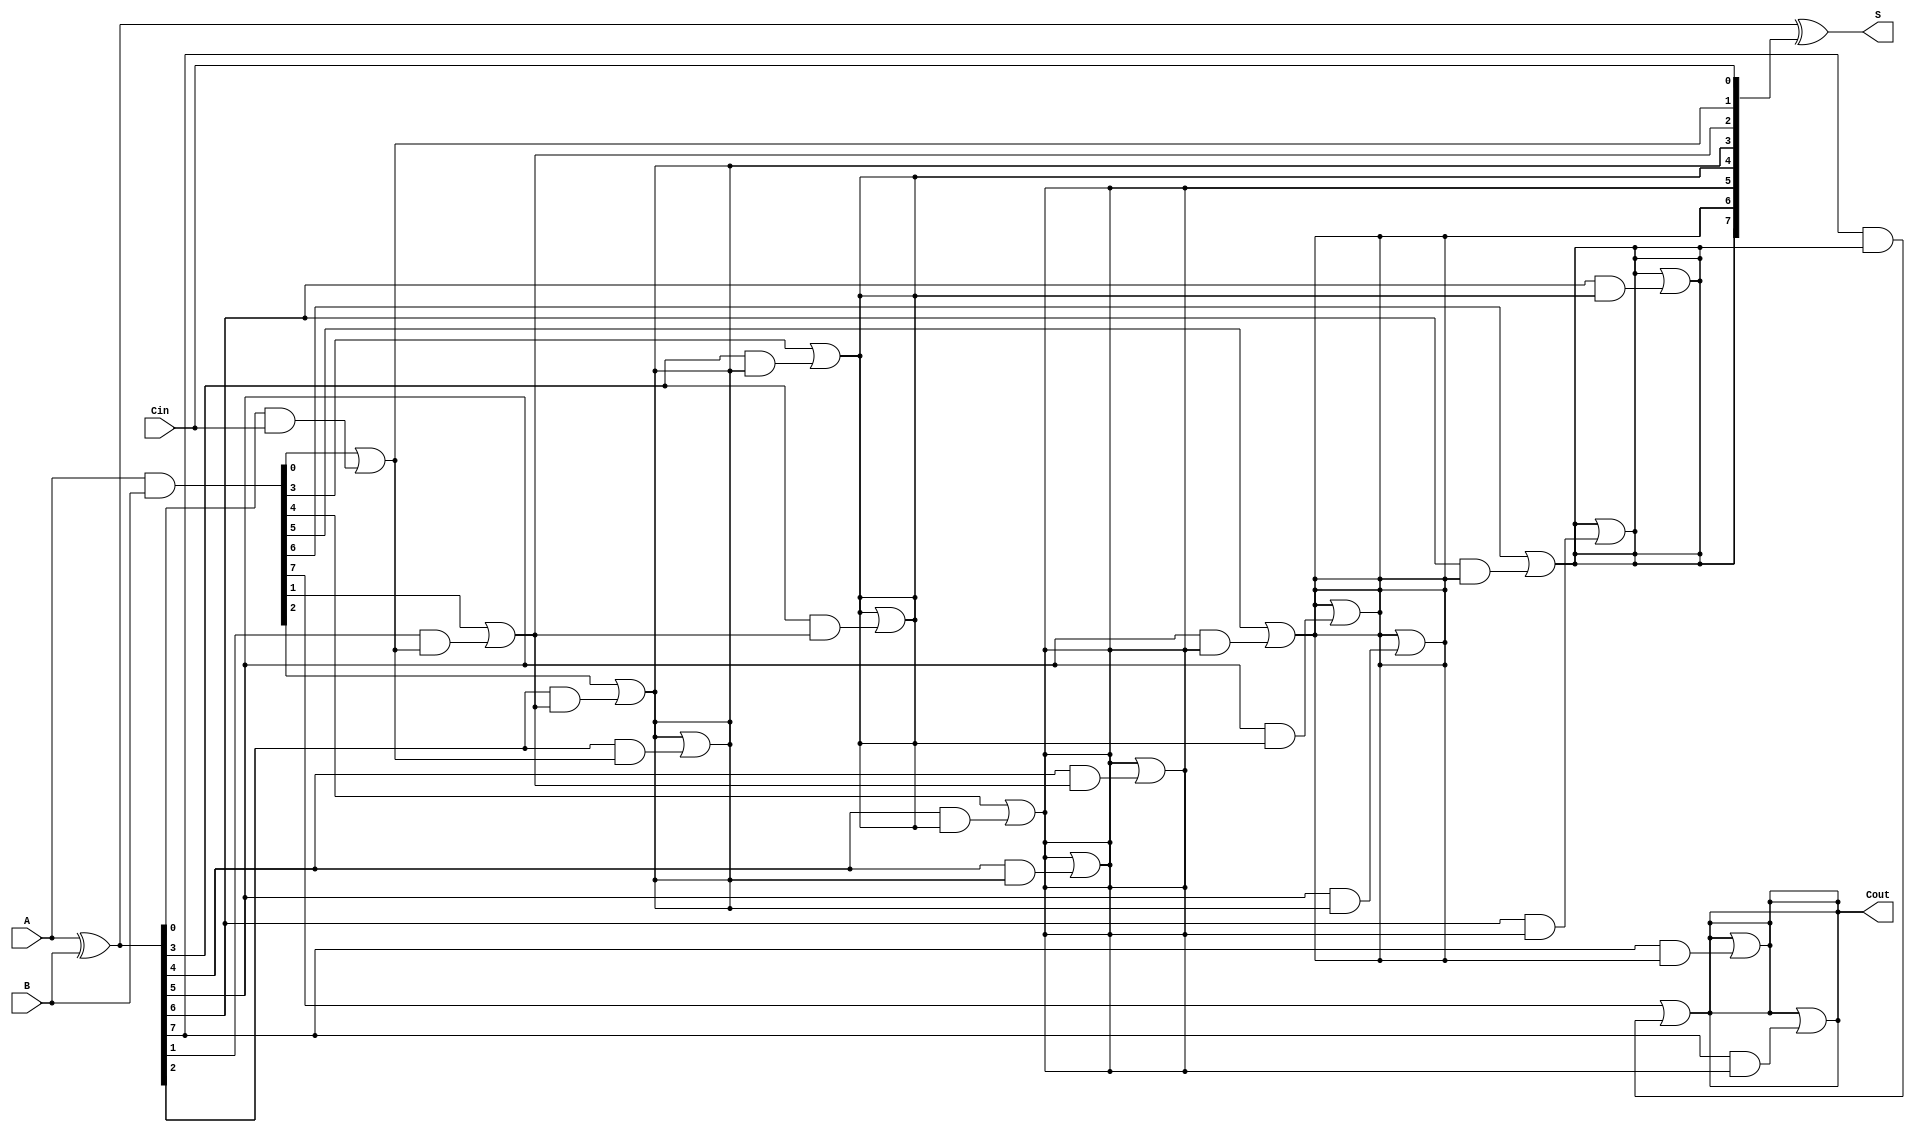
module KoggeStoneAdder #(parameter N = 8) (
    input  [N-1:0] A,      // First input
    input  [N-1:0] B,      // Second input
    input          Cin,     // Carry input
    output [N-1:0] S,      // Sum output
    output         Cout     // Carry output
);

    // Generate and Propagate signals
    wire [N-1:0] G; // Generate
    wire [N-1:0] P; // Propagate
    wire [N:0] C;   // Carry

    // Generate and Propagate calculations
    assign G = A & B;          // Generate
    assign P = A ^ B;          // Propagate

    // Carry initialization
    assign C[0] = Cin;         // Initial carry input

    // Carry generation using Kogge-Stone logic
    genvar i, j, k;
    generate
        // Stage 1
        for (i = 0; i < N; i = i + 1) begin
            if (i == 0) begin
                assign C[i + 1] = G[i] | (P[i] & C[0]);
            end else begin
                assign C[i + 1] = G[i] | (P[i] & C[i]);
            end
        end

        // Subsequent stages
        for (k = 1; k < $clog2(N); k = k + 1) begin
            for (i = 0; i < N; i = i + 1) begin
                if (i >= (1 << k)) begin
                    assign C[i + 1] = C[i + 1] | (P[i] & C[i - (1 << (k - 1))]);
                end
            end
        end
    endgenerate

    // Sum calculation
    assign S = P ^ C[N-1:0]; // Sum output
    assign Cout = C[N];      // Final carry output

endmodule